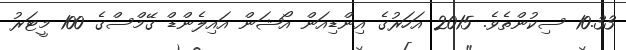
10.33 ސިކުންތެވެ. 2015 އަހަރުގެ އިންޑިއަން އޯޝަން އައިލެންޑް ގޭމްސްގެ 100 މީޓަރު